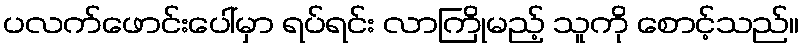
ပလက်ဖောင်းပေါ်မှာ ရပ်ရင်း လာကြိုမည့် သူကို စောင့်သည်။